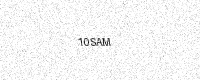
Text: 10SAM